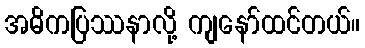
အဓိကပြဿနာလို့ ကျနော်ထင်တယ်။